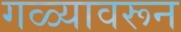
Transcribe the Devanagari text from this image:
गळ्यावरून